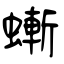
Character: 螹